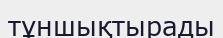
тұншықтырады